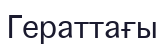
Гераттағы